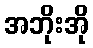
အဘိုးအို